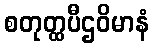
စတုတ္ထပီဌဝိမာနံ